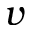
v